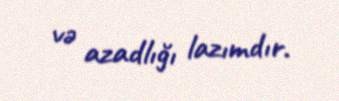
və azadlığı lazımdır.